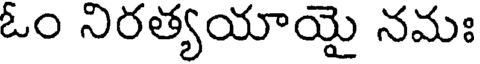
ఓం నిరత్యయాయై నమః